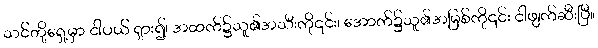
သင်တို့ရှေ့မှာ ငါပယ် ရှား၍၊ အထက်၌သူ၏အသီးကို၎င်း၊ အောက်၌သူ၏အမြစ်ကို၎င်း ငါဖျက်ဆီးပြီ။